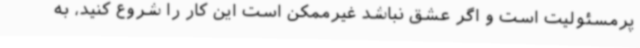
پرمسئولیت است و اگر عشق نباشد غیرممکن است این کار را شروع کنید، به